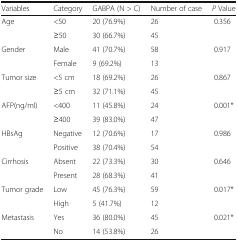
<table><thead><tr><td><b>Variables</b></td><td><b>Category</b></td><td><b>GABPA (N &gt; C)</b></td><td><b>Number of case</b></td><td><b><i>P</i> Value</b></td></tr></thead><tbody><tr><td rowspan="2">Age</td><td>&lt;50</td><td>20 (76.9%)</td><td>26</td><td rowspan="2">0.356</td></tr><tr><td>≥50</td><td>30 (66.7%)</td><td>45</td></tr><tr><td rowspan="2">Gender</td><td>Male</td><td>41 (70.7%)</td><td>58</td><td rowspan="2">0.917</td></tr><tr><td>Female</td><td>9 (69.2%)</td><td>13</td></tr><tr><td rowspan="2">Tumor size</td><td>&lt;5 cm</td><td>18 (69.2%)</td><td>26</td><td rowspan="2">0.867</td></tr><tr><td>≥5 cm</td><td>32 (71.1%)</td><td>45</td></tr><tr><td rowspan="2">AFP(ng/ml)</td><td>&lt;400</td><td>11 (45.8%)</td><td>24</td><td rowspan="2">0.001*</td></tr><tr><td>≥400</td><td>39 (83.0%)</td><td>47</td></tr><tr><td rowspan="2">HBsAg</td><td>Negative</td><td>12 (70.6%)</td><td>17</td><td rowspan="2">0.986</td></tr><tr><td>Positive</td><td>38 (70.4%)</td><td>54</td></tr><tr><td rowspan="2">Cirrhosis</td><td>Absent</td><td>22 (73.3%)</td><td>30</td><td rowspan="2">0.646</td></tr><tr><td>Present</td><td>28 (68.3%)</td><td>41</td></tr><tr><td rowspan="2">Tumor grade</td><td>Low</td><td>45 (76.3%)</td><td>59</td><td rowspan="2">0.017*</td></tr><tr><td>High</td><td>5 (41.7%)</td><td>12</td></tr><tr><td rowspan="2">Metastasis</td><td>Yes</td><td>36 (80.0%)</td><td>45</td><td rowspan="2">0.021*</td></tr><tr><td>No</td><td>14 (53.8%)</td><td>26</td></tr></tbody></table>